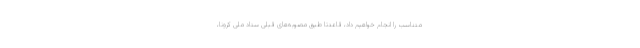
متناسب را انجام خواهیم داد، قاعدتا طبق مصوبه‌های قبلی ستاد ملی کرونا،